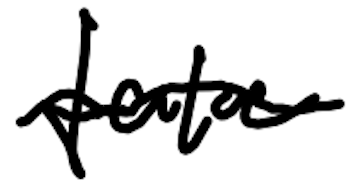
Text: take
Cross-out: wave
Writing tool: digital_black